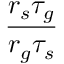
\frac { r _ { s } \tau _ { g } } { r _ { g } \tau _ { s } }